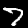
Label: 7